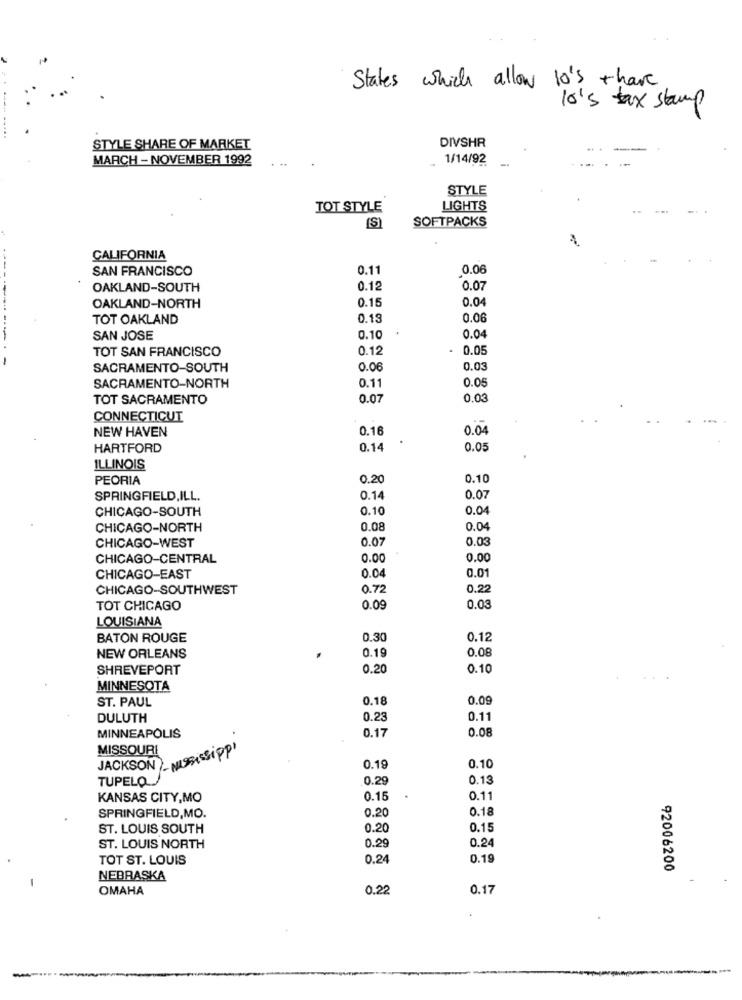
States which allow 10's than
10's tax stamp
STYLE SHARE OF MARKET
DIVSHR
MARCH - NOVEMBER 1992
1/14/92
STYLE
TOT STYLE
LIGHTS
SOFTPACKS
[S]
CALIFORNIA
SAN FRANCISCO
0.11
0.06
OAKLAND-SOUTH
0.12
0.07
0.15
0.04
OAKLAND-NORTH
TOT OAKLAND
0.19
0.06
SAN JOSE
0.10
0.04
TOT SAN FRANCISCO
0.12
. 0.05
SACRAMENTO-SOUTH
0.06
0.03
0.1
SACRAMENTO-NORTH
0.05
TOT SACRAMENTO
0.07
0.03
CONNECTICUT
NEW HAVEN
0.16
0.04
HARTFORD
0.14
0.05
ILLINOIS
PEORIA
0.20
0.10
SPRINGFIELD,ILL.
0.14
0.07
CHICAGO-SOUTH
0.10
0.04
CHICAGO-NORTH
0.08
0.04
CHICAGO-WEST
0.07
0.03
CHICAGO-CENTRAL
0.00
0.00
0.04
0.01
CHICAGO-EAST
CHICAGO-SOUTHWEST
0.72
0.22
TOT CHICAGO
0.09
0.03
LOUISIANA
BATON ROUGE
0.30
0.12
0.19
0.08
NEW ORLEANS
SHREVEPORT
0.20
0.10
MINNESOTA
ST. PAUL
0.18
0.09
DULUTH
0.23
0.11
0.17
0.08
MINNEAPOLIS
MISSOURI
JACKSON - Mississippi
0.19
0.10
TUPELO
0.29
0.13
KANSAS CITY,MO
0.15
0.11
0.20
0.18
SPRINGFIELD,MO.
ST. LOUIS SOUTH
0.20
0.15
0.24
ST. LOUIS NORTH
0.29
TOT ST. LOUIS
0.24
0.19
92006200
NEBRASKA
OMAHA
0.22
0.17
-